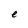
Character: e